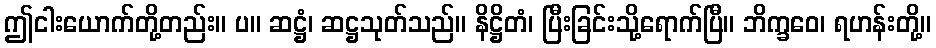
ဤငါးယောက်တို့တည်း။ ပ။ ဆဋ္ဌံ၊ ဆဋ္ဌသုတ်သည်။ နိဋ္ဌိတံ၊ ပြီးခြင်းသို့ရောက်ပြီ။ ဘိက္ခဝေ၊ ရဟန်းတို့။